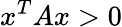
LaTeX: x^{T}Ax>0